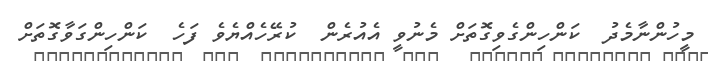
މީހުންނާމެދު  ކަންހިންގެވިގޮތަށް މެނުވީ އެއުރެން  ކުރޭހެއްޔެވެ ފަހެ  ކަންހިންގަވާގޮތަށް